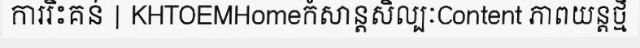
ការរិះគន់ | KHTOEMHomeកំសាន្តសិល្បៈContent ភាពយន្តថ្មី